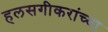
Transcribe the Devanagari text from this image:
हलसगीकरांच्या